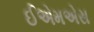
ઈએમએસ